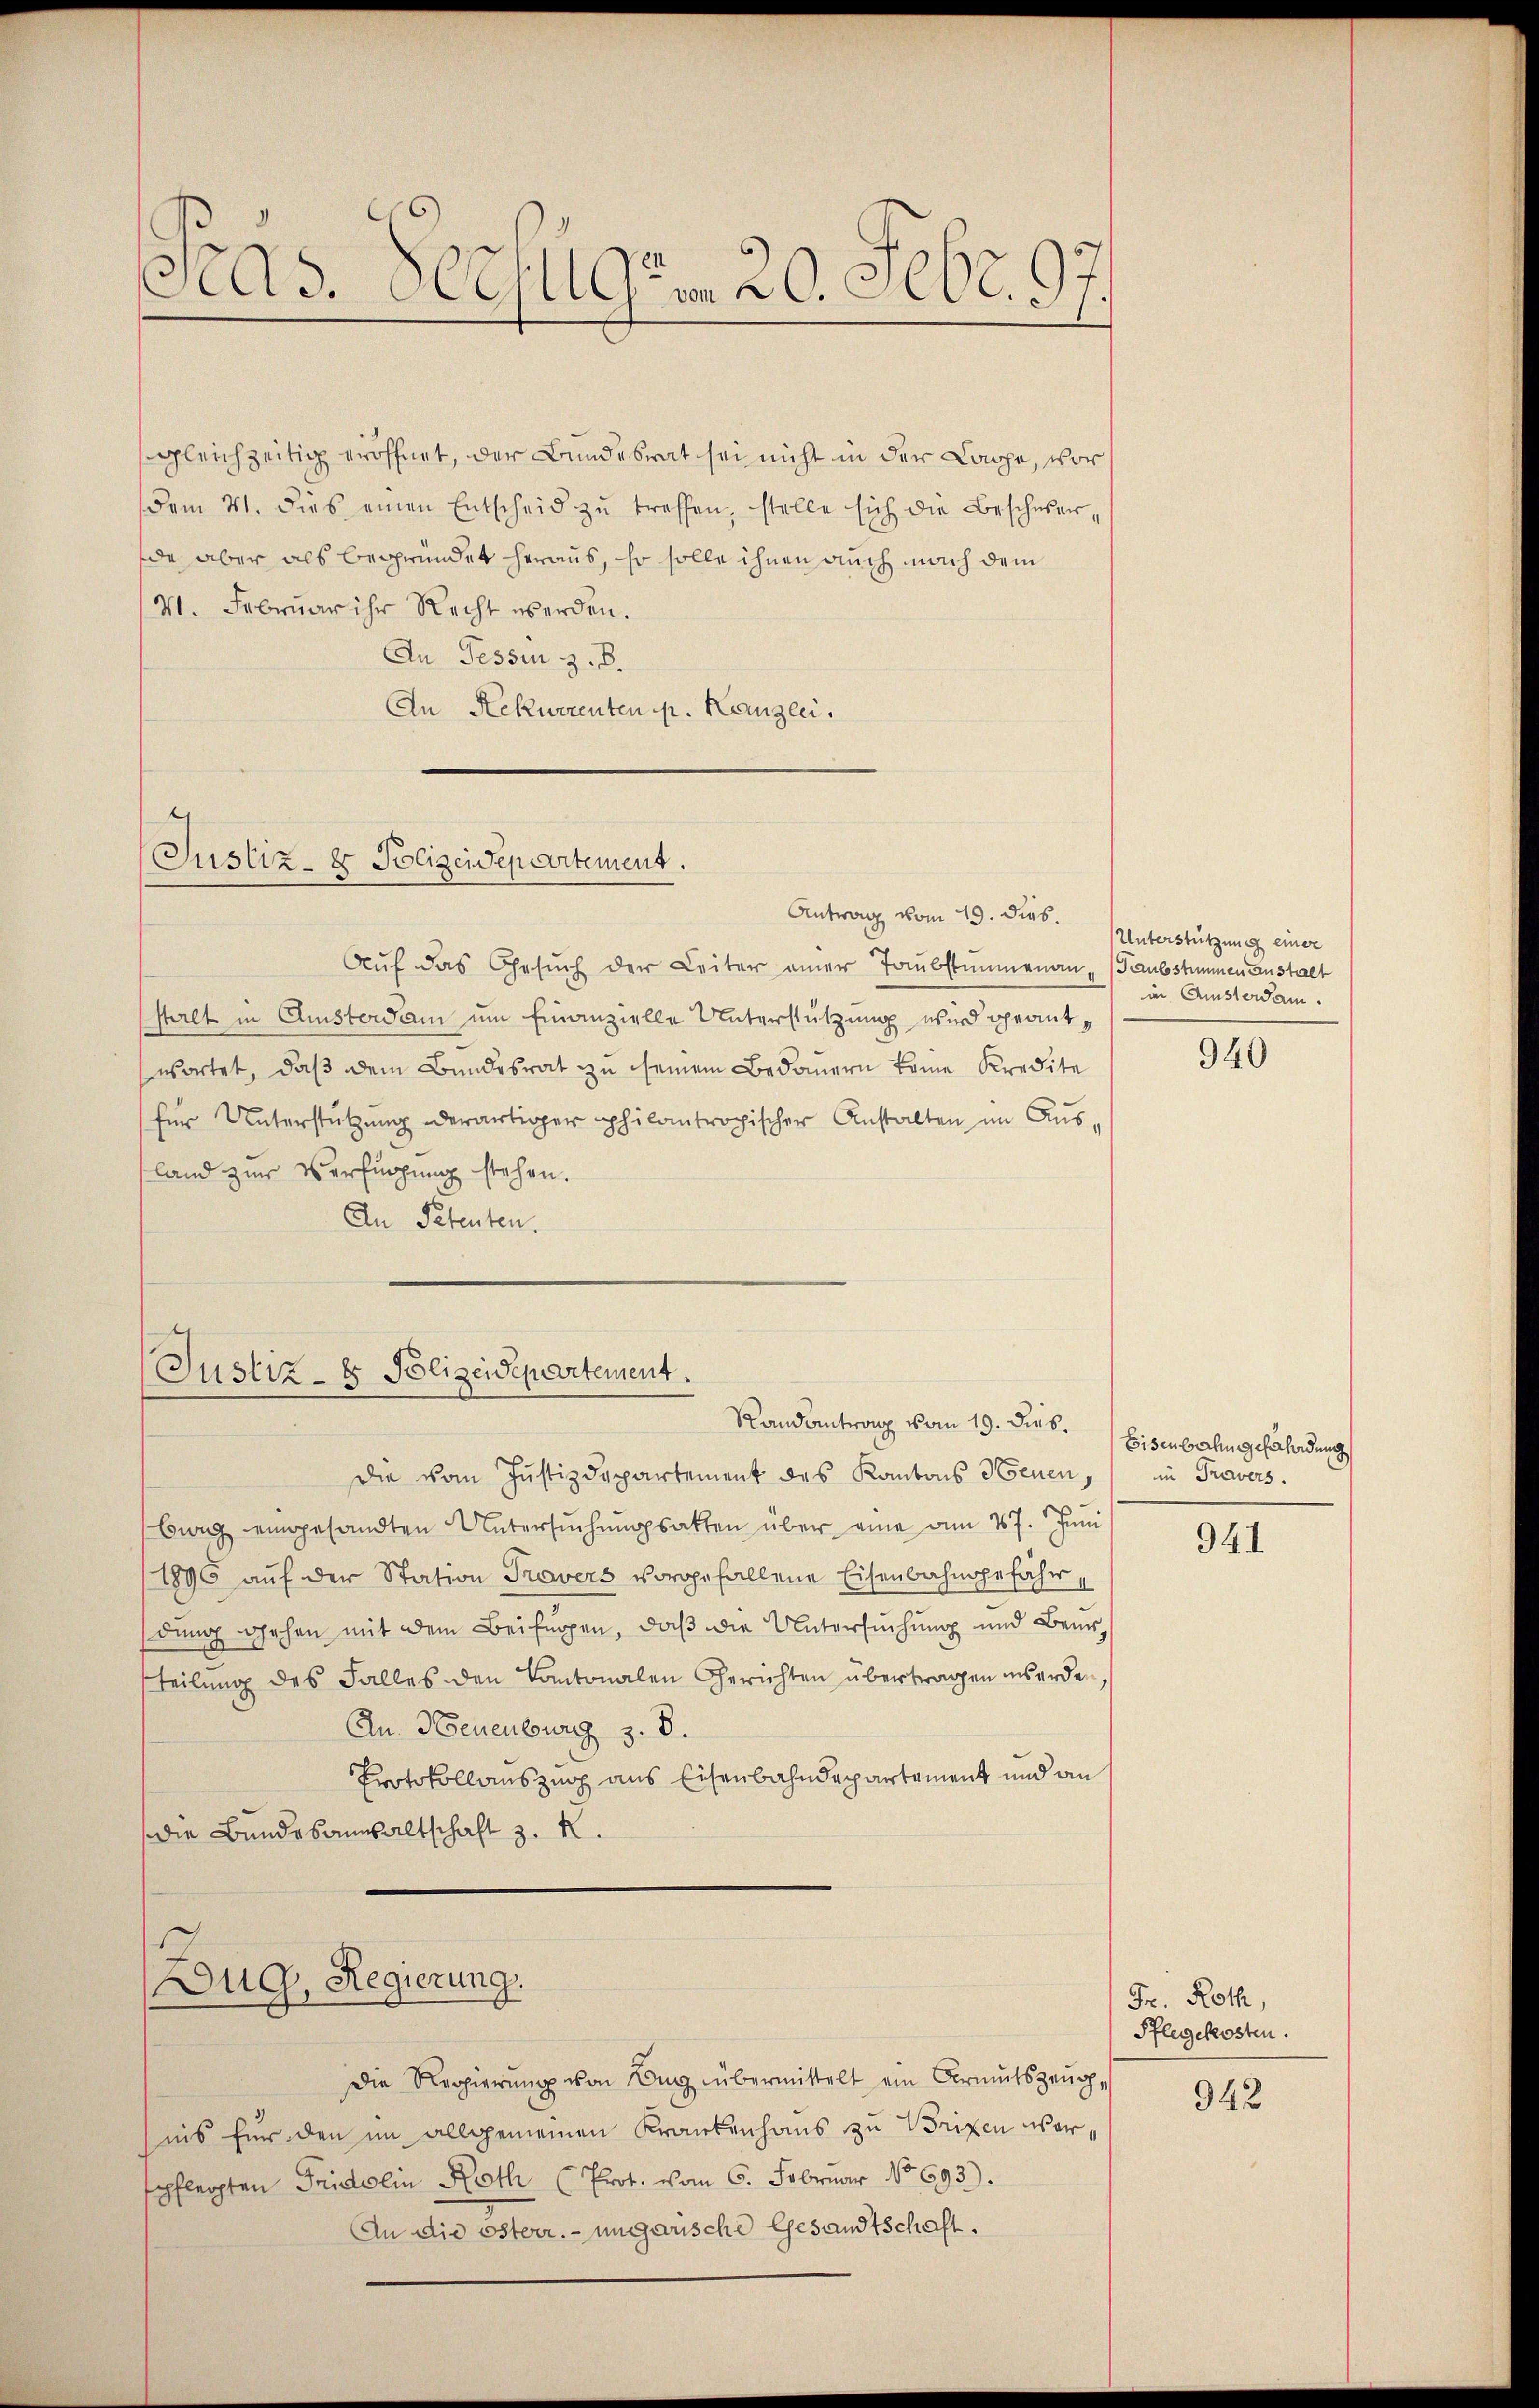
Peds. Verfügen. 20. Febr. 97.

sgleichzeitig eröffnet, der Bundesrat sei nicht in der Lappe, vor
dem 21. dies einen Entscheid zŭ treffen, stelle sich die Beschwerde aber als begründet heraus, so solle ihnen auch nach dem
(v. Februar ihr Recht werden.
An Tessin z. B.
An Rekurrenten pr. Kanzlei.

Antrag vom 19. dies.
Auf das Gesŭch der Leiter einer Taubstimmenan - Taubstimmen anstalt
stalt in Ansterdam um Finanzielle Unterstützung wird beantwortet, daß dem Bundesrat zu seinem Bedauern keine Kredite
für Unterstützung derartiger philantropischer Anstalten im Ausland zur Verfügung stehen.
Den Petenten.

(Justiz- & Polizeidepartement.

(Justiz- & Polizeidepartement.
Randantrang vom 19. Dies.

Zug, Regierung

Die Regierŭng von Bug übermittelt ein Armutszeugnis für den im allgemeinen Krankenhaus zu Brixen war,
spflegten Fridolin Roth (Prot. vom 6. Februar No 693).
An die österr. ungarische Gesandtschaft.

Unterstützung einer
in Amsterdam.

die vom Justizdepartement des Kantons Neuen, in Travers
burg eingesandten Untersŭchŭngsakten über eine am 27. Juni
/1890 auf der Station Travers vorgefallene Eisenbahngefährdung gehen mit dem Beifügen, daß die Untersuchung und Beurteilung des Falles den Kantonalen Gerichten übertragen werden,
An Neuenburg z. B.
Protokollauszug aus Eisenbahndepartement und an
die Bundesanwaltschaft z. R.

940

Bisenbahngeahndung

941

Fr. Roth,
Pflegekosten.
942